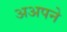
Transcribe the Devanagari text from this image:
अअपने